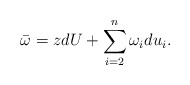
\begin{align*} \bar{\omega}=zdU+\sum_{i=2}^{n}\omega_{i}du_{i}. \end{align*}